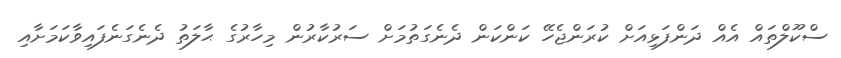
ސްކޫލްތައް އެއް ދަންފަޅިއަށް ކުރަންޖެހޭ ކަންކަން ދެނެގަތުމަށް ސަރުކާރުން މިހާރުގެ ޙާލަތު ދެނެގަނެފައިވާކަމަށާއި